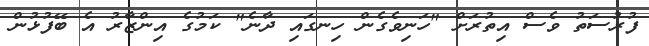
ފުރުސަތު ވެސް އިތުރަށް "ހަނިވެގެން ހިނގައި ދާނެ" ކަމުގެ އިންޒާރު އެ ބޭފުޅުން